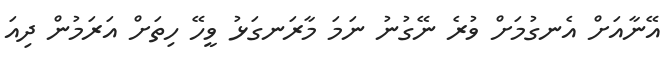
އޭނާއަށް އެނގުމަށް ވުރެ ނޭގުނު ނަމަ މާރަނގަޅު ވީހޭ ހިތަށް އަރަމުން ދިއަ